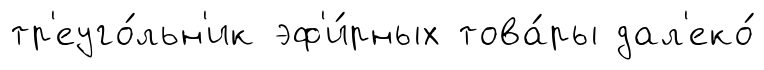
тр'еуго́льн'ик эф'и́рных това́ры дал'еко́